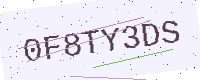
Text: 0F8TY3DS